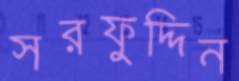
সরফুদ্দিন